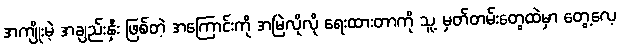
အကျိုးမဲ့ အချည်းနှီး ဖြစ်တဲ့ အကြောင်းကို အမြဲလိုလို ရေးထားတာကို သူ့ မှတ်တမ်းတွေထဲမှာ တွေ့လေ့